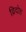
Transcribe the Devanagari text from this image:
व्रिदोह